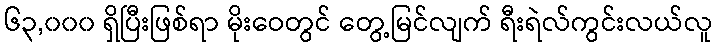
၆၃,၀၀၀ ရှိပြီးဖြစ်ရာ မိုးဝေတွင် တွေ့မြင်လျက် ရီးရဲလ်ကွင်းလယ်လူ